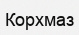
Корхмаз